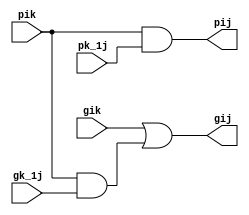
module Black(gik,pik,gk_1j,pk_1j,gij,pij);

	input gik,pik,gk_1j,pk_1j;
	output gij,pij;
	wire w;
	
	and(w,pik,gk_1j);
	or(gij,gik,w);
	and(pij,pik,pk_1j);


endmodule